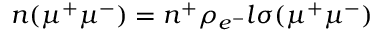
n ( \mu ^ { + } \mu ^ { - } ) = n ^ { + } \rho _ { e ^ { - } } l \sigma ( \mu ^ { + } \mu ^ { - } )